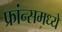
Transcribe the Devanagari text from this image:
फ्रांन्समध्ये